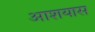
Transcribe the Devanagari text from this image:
आशयास